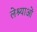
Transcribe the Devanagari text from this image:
लेश्याओं